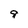
Character: 9